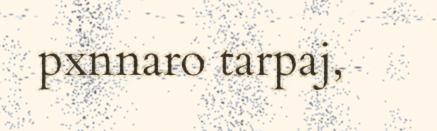
pxnnaro tarpaj,